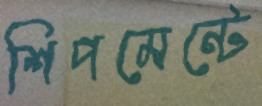
শিপমেন্টে